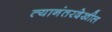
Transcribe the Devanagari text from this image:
त्यानंतरदेखील